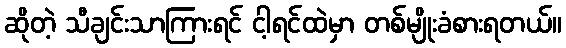
ဆိုတဲ့ သီချင်းသာကြားရင် ငါ့ရင်ထဲမှာ တစ်မျိုးခံစားရတယ်။